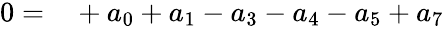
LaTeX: \begin{array}{rl}{0=}&{{}+{a_{0}}+{a_{1}}-{a_{3}}-{a_{4}}-{a_{5}}+a_{7}}\end{array}